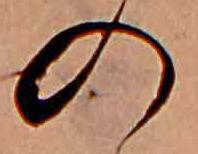
の